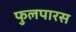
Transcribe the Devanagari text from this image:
फुलपारस